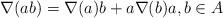
LaTeX: \begin{align*} \nabla(ab) = \nabla(a) b+ a \nabla(b) a, b \in A \end{align*}